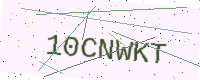
Text: 10CNWKT